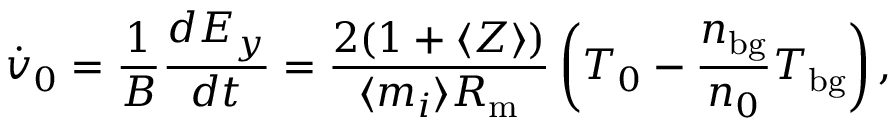
\dot { v } _ { 0 } = \frac { 1 } { B } \frac { d E _ { y } } { d t } = \frac { 2 ( 1 + \langle Z \rangle ) } { \langle m _ { i } \rangle R _ { \mathrm { m } } } \left( T _ { 0 } - \frac { n _ { \mathrm { b g } } } { n _ { 0 } } T _ { \mathrm { b g } } \right) ,